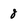
Character: 8